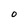
Character: O